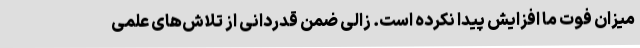
میزان فوت ما افزایش پیدا نکرده است. زالی ضمن قدردانی از تلاش‌های علمی